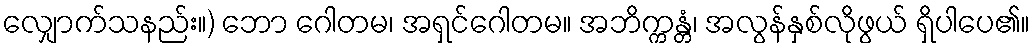
လျှောက်သနည်း။) ဘော ဂေါတမ၊ အရှင်ဂေါတမ။ အဘိက္ကန္တံ၊ အလွန်နှစ်လိုဖွယ် ရှိပါပေ၏။